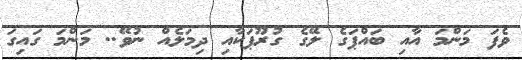
ވެފަ މަންމަ އާއި ބައްޕަގެ ލޭގެ ގުރޫޕަކާއި ދިމަލެއް ނުވޭ.. މަންމަ ގައިގަ